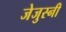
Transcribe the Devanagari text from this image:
जेजुस्नी